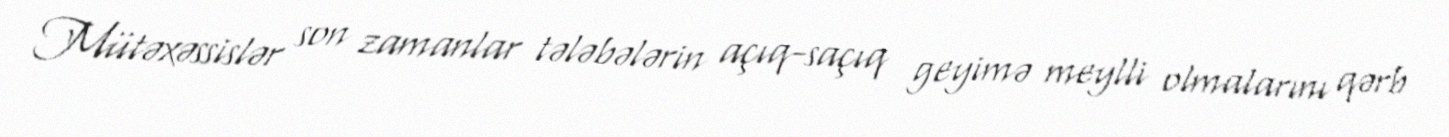
Mütəxəssislər son zamanlar tələbələrin açıq-saçıq geyimə meylli olmalarını qərb